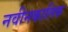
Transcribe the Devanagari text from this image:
नवीनकालिक